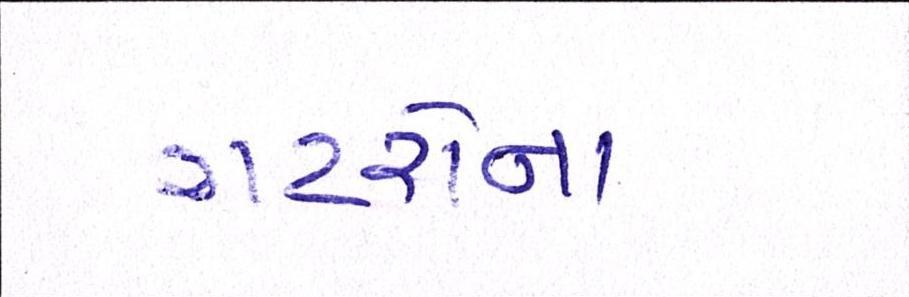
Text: ગટરોના